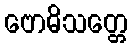
ဗောဓိသတ္တေ